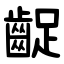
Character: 齪